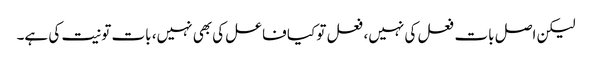
لیکن اصل بات فعل کی نہیں، فعل تو کیا فاعل کی بھی نہیں، بات تو نیت کی ہے۔